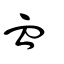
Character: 血